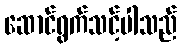
ဆောင်ရွက်သင့်ပါသည်